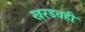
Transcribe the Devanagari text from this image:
खरडवही